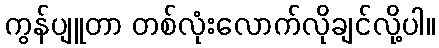
ကွန်ပျူတာ တစ်လုံးလောက်လိုချင်လို့ပါ။